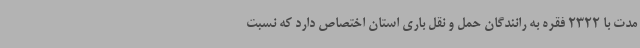
مدت با 2322 فقره به رانندگان حمل و نقل باری استان اختصاص دارد که نسبت